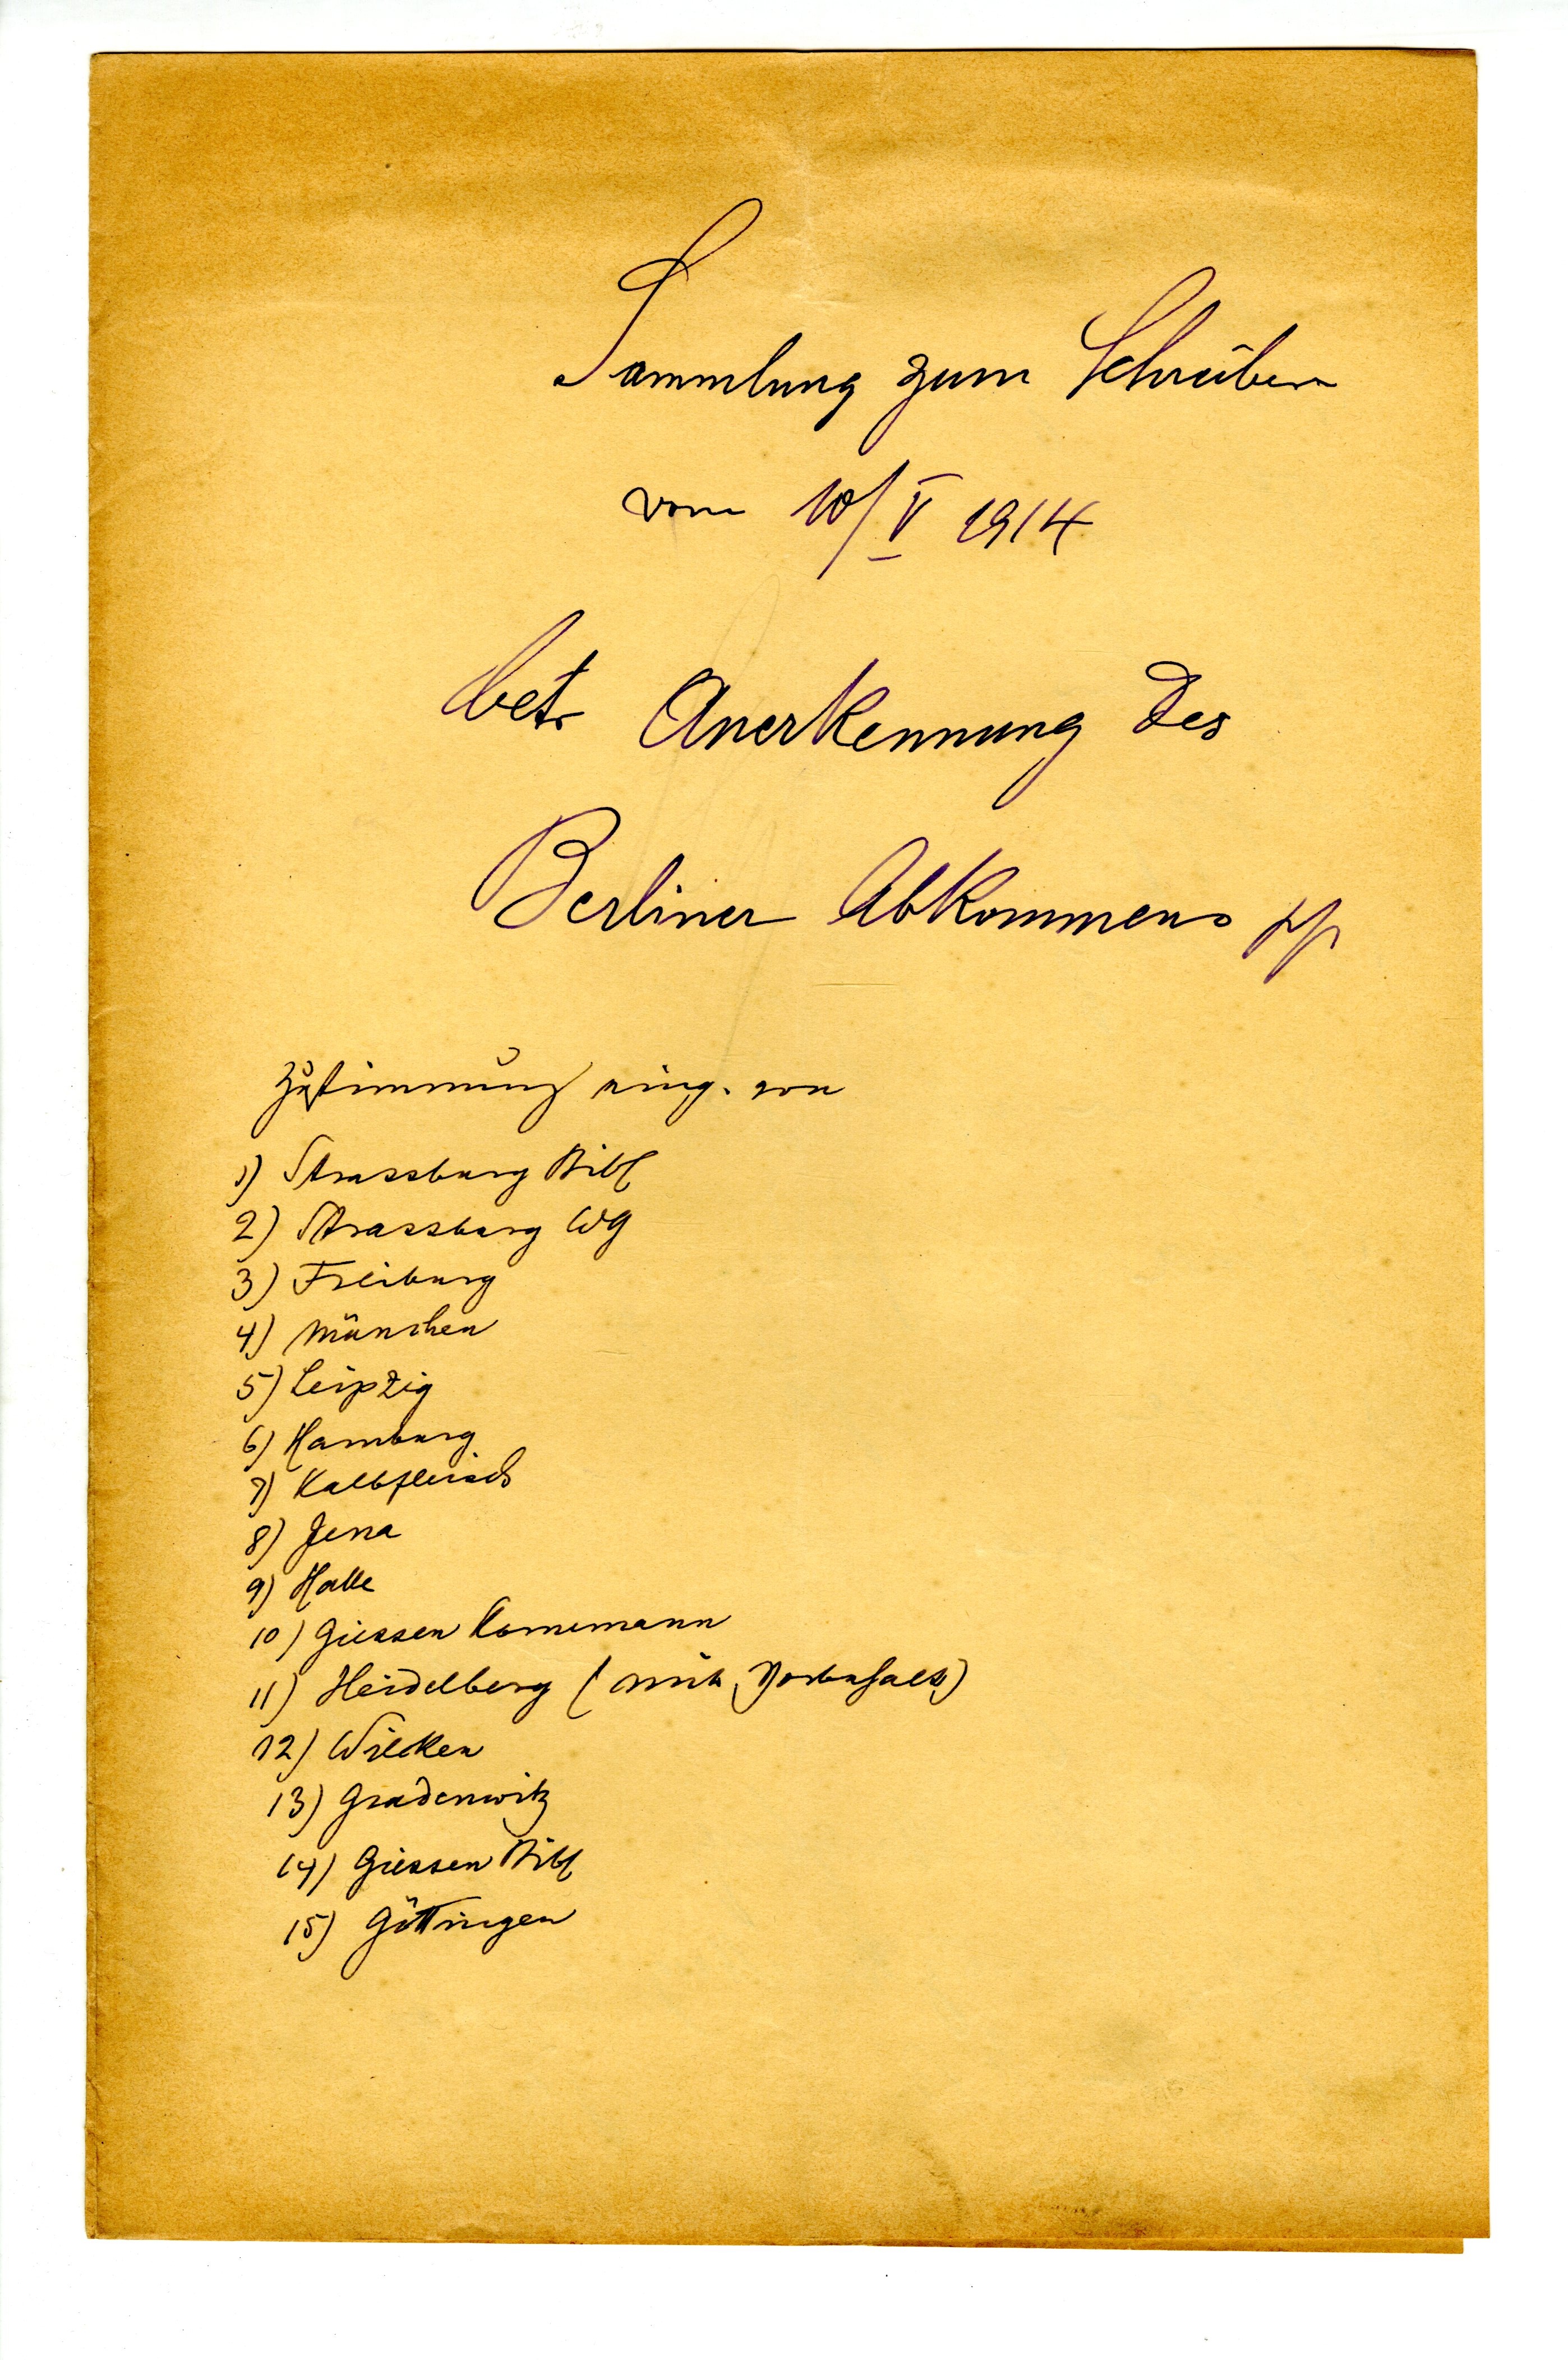
Sammlung zum Scheiben
vom 10/V 1914
betr Anerkennung des
Brliner Abkommens
Zustimmug eing. von
1) Strassbrug Bibl
2) Strassburg WG
3) Freiburg
4) München
5) Leibzig
6) Hamburg
7) Kalbfleisch
8) Jena
9) Halle
10) Giessen Kornemann
11) Heidelberg (mit Vorbehalt)
12) Wilken
13) Gradenwitz
14) Giessen Bibl
15) Göttingen